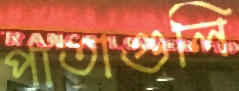
পাতাগুলি